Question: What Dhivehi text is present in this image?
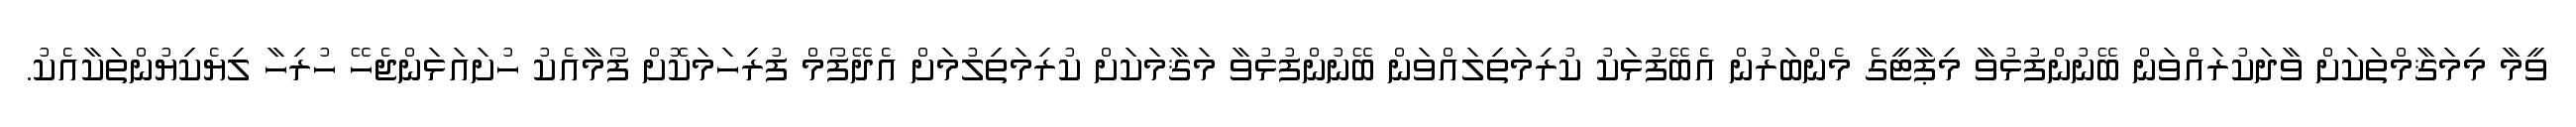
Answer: ވީމާ މިމަޤާމްތަކަށް ވާދަކުރައްވަން ބޭނުންފުޅުވާ މިޕާޓީގެ މެންބަރުން އެބޭފުޅަކު ކުރިމަތިލައްވަން ބޭނުންފުޅުވާ މަޤާމަކަށް ކުރިމަތިލުމަށް އެދޭފޯމް ފުރިހަމަކޮށް ފޯމާއެކު ހުށައަޅަންޖެހޭ ހުރިހާ ލިޔެކިޔުންތަކާއެކު.